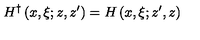
H ^ { \dagger } \left( x , \xi ; z , z ^ { \prime } \right) = H \left( x , \xi ; z ^ { \prime } , z \right)